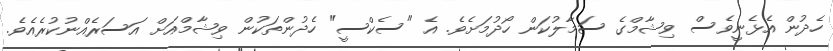
ހެދުން އެޅެނީވެސް ވިޝާމްގެ ސަމާލުކަން ހޯދުމަށެވެ. އެ "ސެކްސީ" ހެދުންތަކުން ވިޝާމްއަށް އަސަރެއްނުކުރެއެވެ.